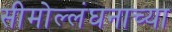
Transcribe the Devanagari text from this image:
सीमोल्लंघनाच्या